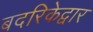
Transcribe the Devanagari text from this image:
बदरिकेद्वार